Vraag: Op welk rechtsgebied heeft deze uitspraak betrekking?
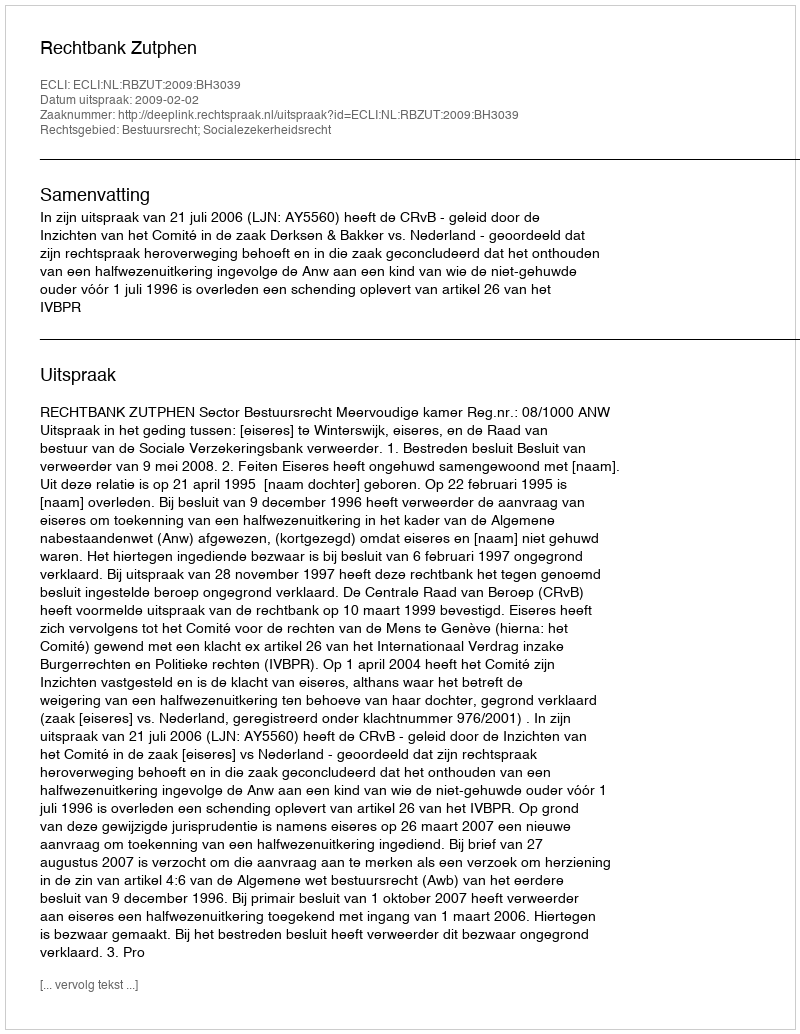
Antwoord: Bestuursrecht; Socialezekerheidsrecht